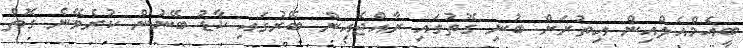
ބީއެމްއެލްއިން އިތުރަށް ބުނި ގޮތުގައި ރާއްޖެއިން ބޭރުގައި ކާޑު ބޭނުން ކުރެވޭނެ ގޮތް